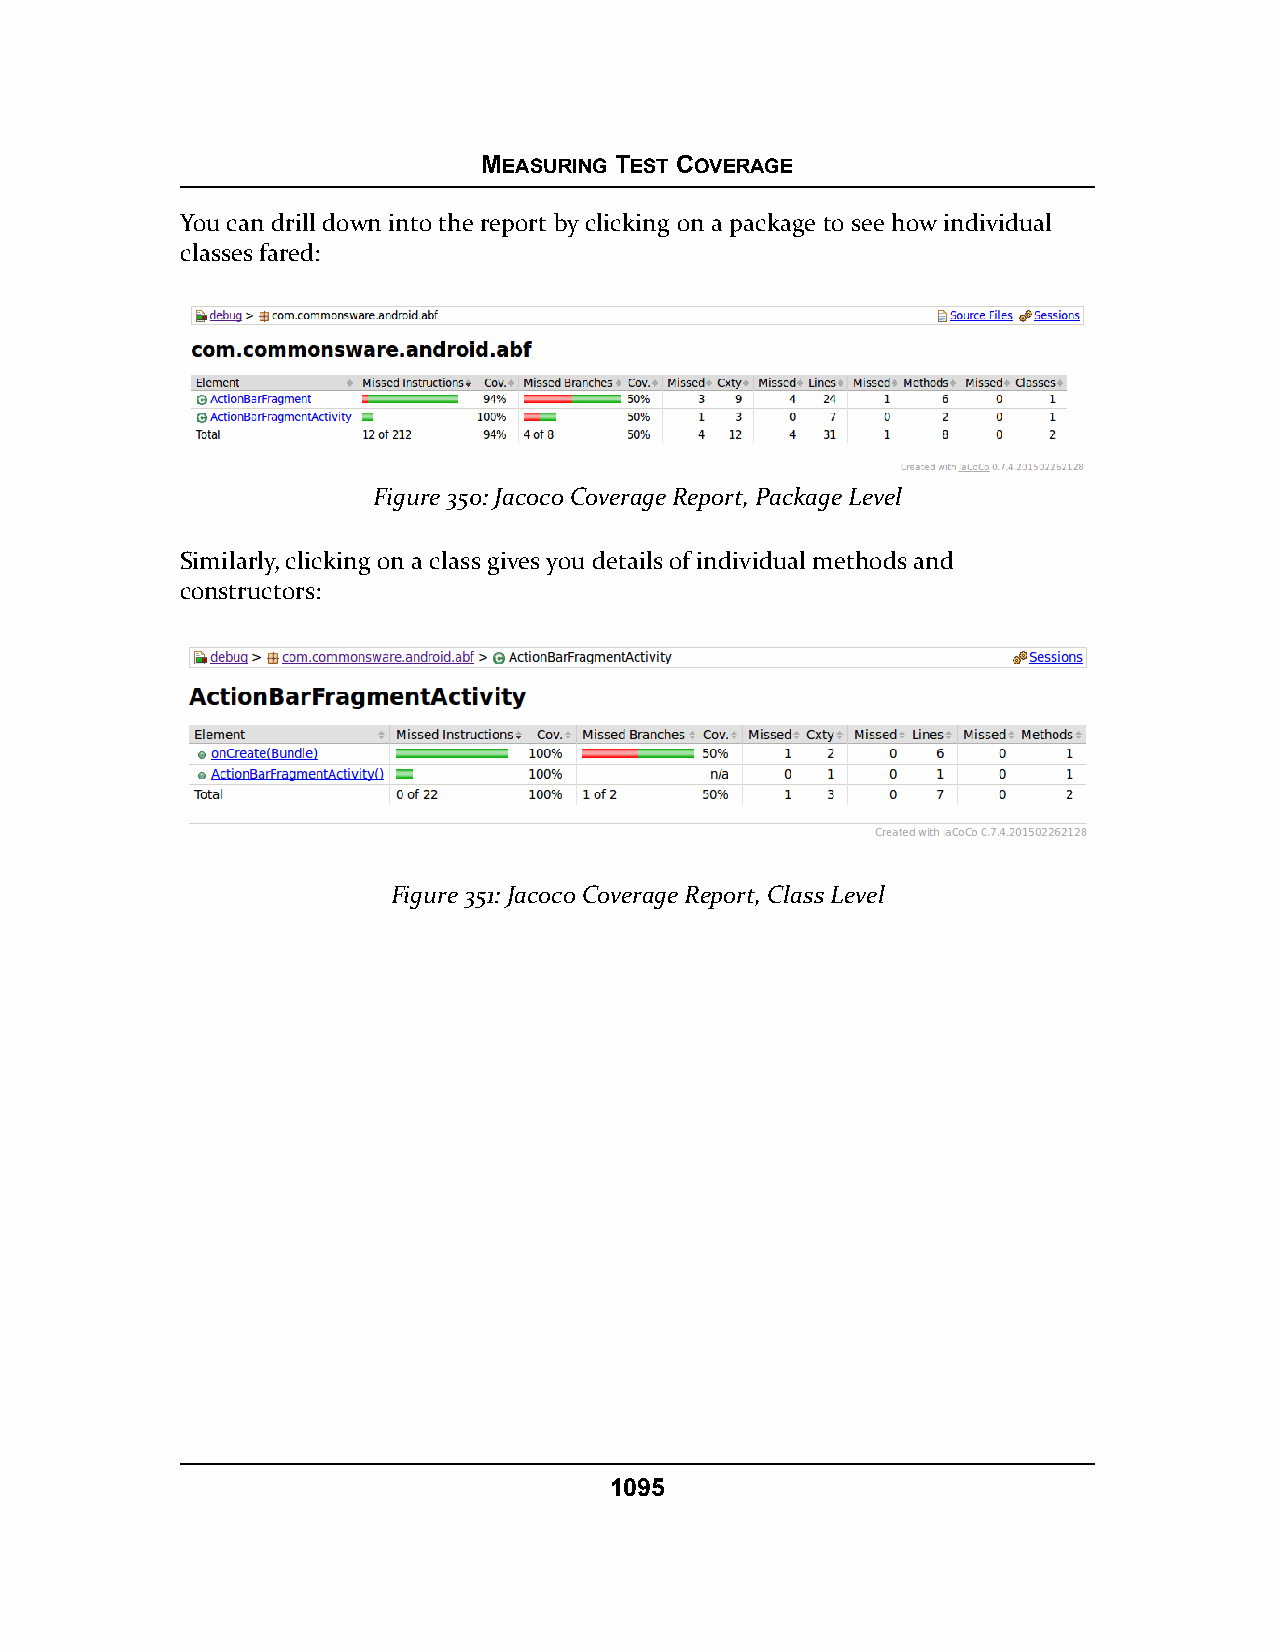
MEASURING TEST COVERAGE
 You can drill down into the report by clicking on a package to see how individual
 classes fared:
 Figure 350: Jacoco Coverage Report, Package Level
 Similarly, clicking on a class gives you details of individual methods and
 constructors:
 Figure 351: Jacoco Coverage Report, Class Level
 1095